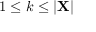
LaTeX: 1 \leq k \leq | \mathbf { X } |